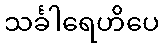
သင်္ခါရေဟိပေ